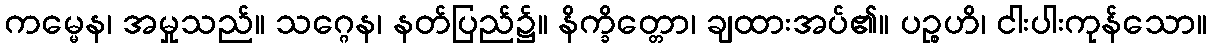
ကမ္မေန၊ အမှုသည်။ သဂ္ဂေန၊ နတ်ပြည်၌။ နိက္ခိတ္တော၊ ချထားအပ်၏။ ပဉ္စဟိ၊ ငါးပါးကုန်သော။